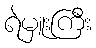
ရဲမှူးကြီး